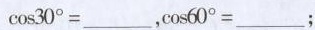
$$\cos 3 0 ° = _______$$，$$\cos